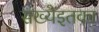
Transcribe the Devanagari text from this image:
संख्येइतका